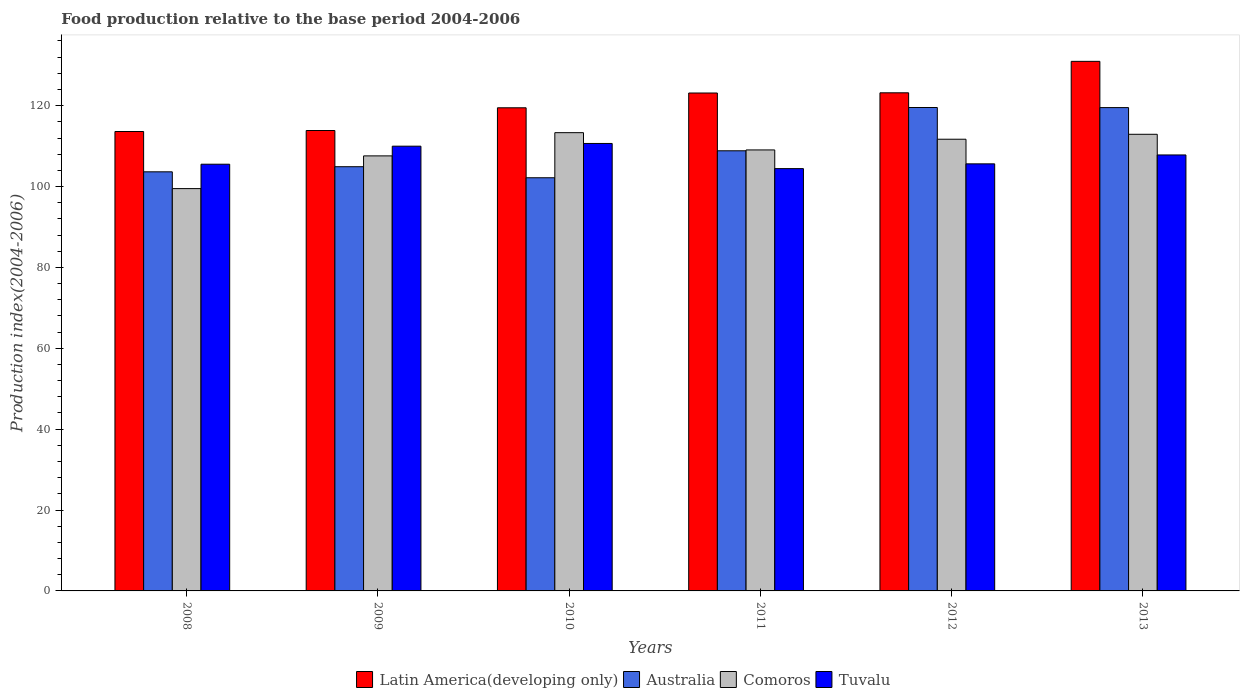
| Years | Latin America(developing only) | Australia | Comoros | Tuvalu |
 | --- | --- | --- | --- | --- |
 | 2008 | 114 | 104 | 99.5 | 106 |
 | 2009 | 114 | 105 | 108 | 110 |
 | 2010 | 119 | 102 | 113 | 111 |
 | 2011 | 123 | 109 | 109 | 104 |
 | 2012 | 123 | 120 | 112 | 106 |
 | 2013 | 131 | 120 | 113 | 108 |